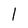
Character: l